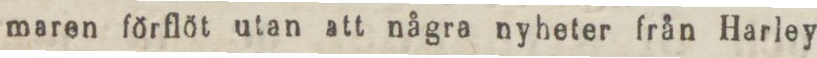
maren förflöt utan att några nyheter från Harley